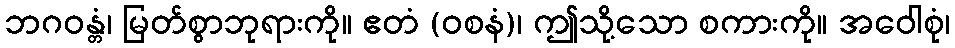
ဘဂဝန္တံ၊ မြတ်စွာဘုရားကို။ ဧတံ (ဝစနံ)၊ ဤသို့သော စကားကို။ အဝေါစုံ၊